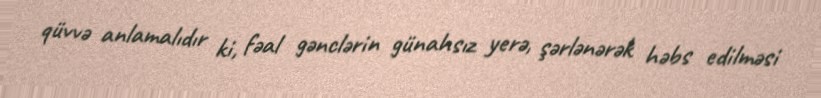
qüvvə anlamalıdır ki, fəal gənclərin günahsız yerə, şərlənərək həbs edilməsi